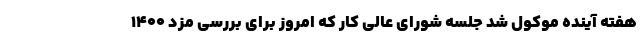
هفته آینده موکول شد جلسه شورای عالی کار که امروز برای بررسی مزد ۱۴۰۰